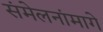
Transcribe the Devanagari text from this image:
संमेलनांमागे